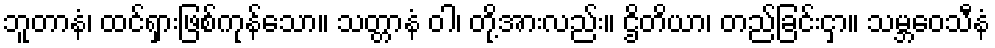
ဘူတာနံ၊ ထင်ရှားဖြစ်ကုန်သော။ သတ္တာနံ ဝါ၊ တို့အားလည်း။ ဌိတိယာ၊ တည်ခြင်းငှာ။ သမ္ဘဝေသီနံ